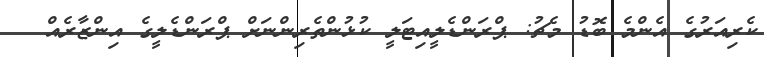
ކެރިއަރުގެ އެންމެ ބޮޑު މެޗު: ޕްރަންޑެލީއިޓަލީ ކުޅުންތެރިންނަށް ޕްރަންޑެލީގެ އިންޒާރެއް